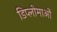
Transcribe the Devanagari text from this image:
डिप्लोमाओं